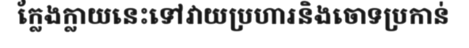
ក្លែងក្លាយនេះទៅវាយប្រហារនិងចោទប្រកាន់